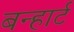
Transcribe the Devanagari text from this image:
बन्हार्ट